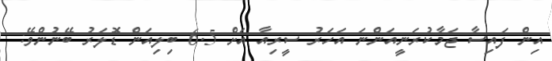
އިން ފައިސާ ޖަމާކުރަނީއަންނަ އަހަރު ސީރިއާ އަށް 6.5 ބިލިއަން ޑޮލަރު ބޭނުންވޭ: